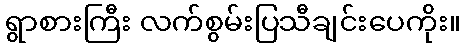
ရွာစားကြီး လက်စွမ်းပြသီချင်းပေကိုး။